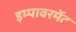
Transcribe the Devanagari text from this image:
इम्पावरमेंट